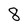
Character: 8